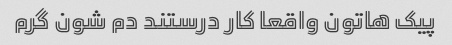
پیک هاتون واقعا کار درستند دم شون گرم